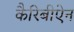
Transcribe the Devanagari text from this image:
कैरिबीऐन